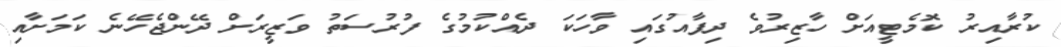
ކުރާއިރު ކޮމެޓީއަށް ހާޒިރުވެ ދިފާއުގައި ވާހަކަ ދެއްކުމުގެ ފުރުސަތު ވަޒީރަށް ދޭންޖެހޭނެ ކަމަށާއި